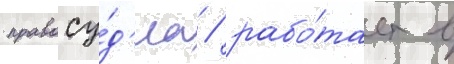
правосу́д'иа / рабо́тает в